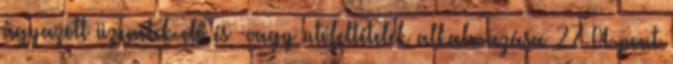
ágyazott üzenetek elő és vagy utófeltételek alkalmazása 27 A pont